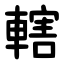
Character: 轄